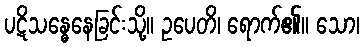
ပဋိသန္ဓေနေခြင်းသို့။ ဥပေတိ၊ ရောက်၏။ သော၊